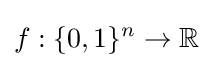
f:\{0,1\}^{n}\to \mathbb {R}